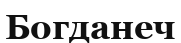
Богданеч